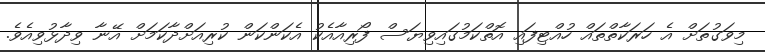
މިވަގުތަށް އެ ހަރަކާތްތައް ހުއްޓިފައި އޮތްކަމުގައިވިޔަސް ފޯރިއާއެކު އެކަންކަން ކުރިއަށްދާކަމަށް އޭނާ ވިދާޅުވިއެވެ.